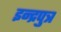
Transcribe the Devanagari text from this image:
इन्द्रपुत्र